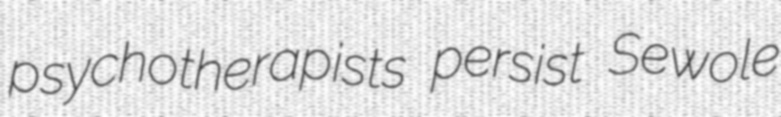
psychotherapists persist Sewole